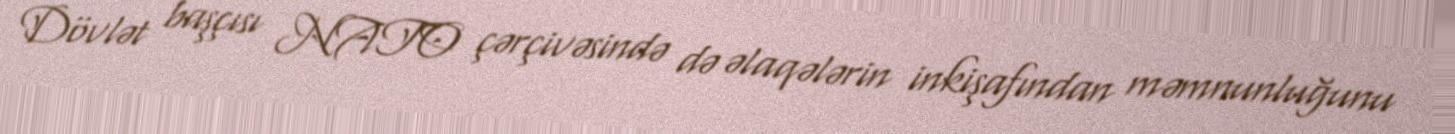
Dövlət başçısı NATO çərçivəsində də əlaqələrin inkişafından məmnunluğunu